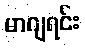
မာဂျရင်း